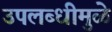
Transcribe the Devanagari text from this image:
उपलब्धीमुळे